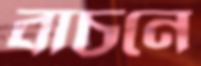
বাচনে